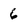
Character: 6